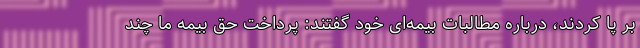
بر پا کردند، درباره مطالبات بیمه‌ای خود گفتند: پرداخت حق بیمه ما چند